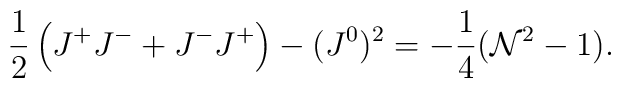
\frac12\left(J^+J^-+J^-J^+\right)-(J^0)^2=-\frac14({\cal N}^2-1).